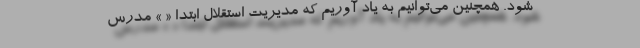
شود. همچنین می‌توانیم به یاد آوریم که مدیریت استقلال ابتدا « » مدرس